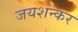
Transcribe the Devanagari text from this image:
जयशन्कर